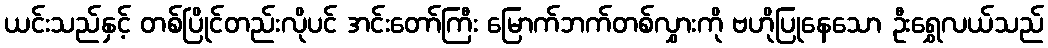
ယင်းသည်နှင့် တစ်ပြိုင်တည်းလိုပင် အင်းတော်ကြီး မြောက်ဘက်တစ်လွှားကို ဗဟိုပြုနေသော ဦးရွှေလယ်သည်